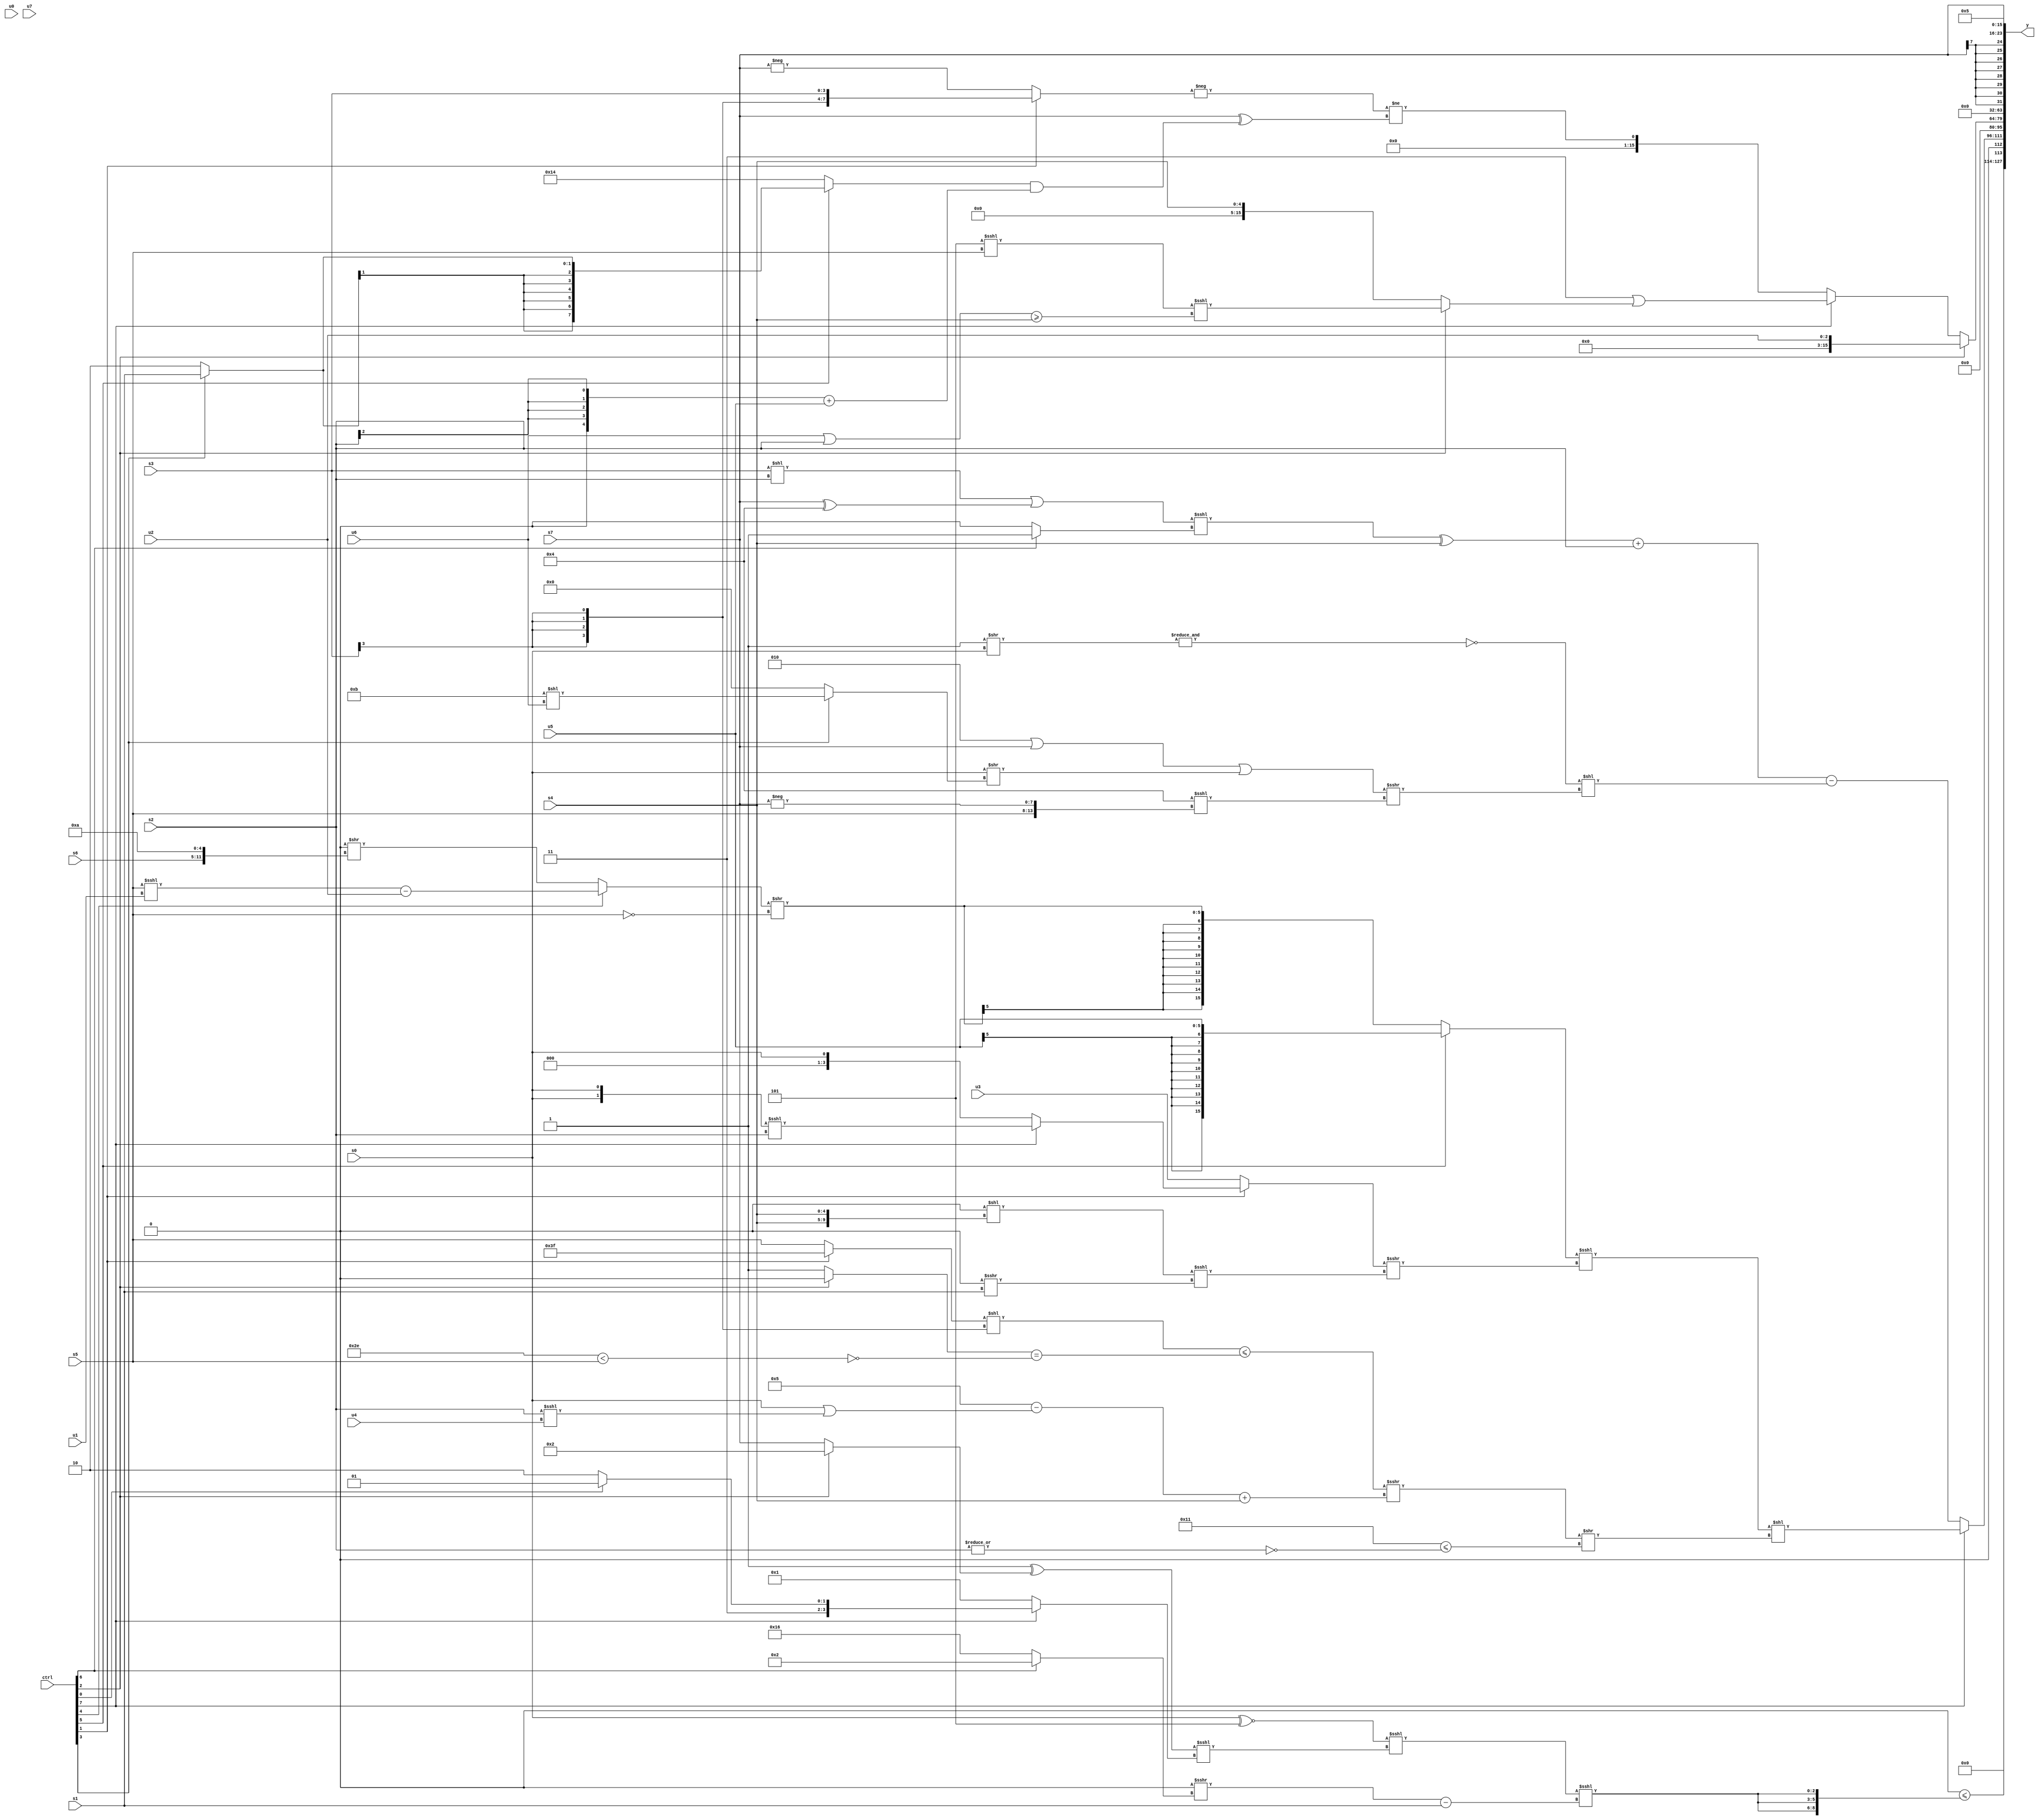
module wideexpr_00223(ctrl, u0, u1, u2, u3, u4, u5, u6, u7, s0, s1, s2, s3, s4, s5, s6, s7, y);
  input [7:0] ctrl;
  input [0:0] u0;
  input [1:0] u1;
  input [2:0] u2;
  input [3:0] u3;
  input [4:0] u4;
  input [5:0] u5;
  input [6:0] u6;
  input [7:0] u7;
  input signed [0:0] s0;
  input signed [1:0] s1;
  input signed [2:0] s2;
  input signed [3:0] s3;
  input signed [4:0] s4;
  input signed [5:0] s5;
  input signed [6:0] s6;
  input signed [7:0] s7;
  output [127:0] y;
  wire [15:0] y0;
  wire [15:0] y1;
  wire [15:0] y2;
  wire [15:0] y3;
  wire [15:0] y4;
  wire [15:0] y5;
  wire [15:0] y6;
  wire [15:0] y7;
  assign y = {y0,y1,y2,y3,y4,y5,y6,y7};
  assign y0 = (((3'sb111)>(5'sb01001))<=({3{(((s0)^~(3'sb101))<<<($unsigned(((3'sb111)^((ctrl[2]?3'sb010:s7)))<<<((ctrl[7]?(ctrl[0]?4'sb1101:2'sb10):(2'sb10)^(2'sb11))))))<<<(($signed((1'sb0)>>>($signed((ctrl[6]?3'sb010:5'sb10110)))))-(s1))}}))<<({1'sb1});
  assign y1 = (ctrl[7]?(((ctrl[5]?$signed(u5):$signed(((ctrl[4]?((s5)<<<(u1))-($signed(u2)):((3'sb001)&(1'sb0))>>({s6,5'sb01010})))>>(!($signed(s5))))))<<<(((ctrl[1]?(ctrl[7]?+(({s0,s0})<<<(s2)):s0):+(u3)))>>>(-(+((((5'sb00001)==(2'b00))<<({s4,s4}))<<<($signed((1'sb0)>>>(s1))))))))<<(((+(({1{((ctrl[1]?1'sb1:s5))<<((s3)>>>(5'sb10100))}})<=(((ctrl[2]?(u7)<<<(6'b001111):2'b01))==(~|((6'sb101110)<(s5))))))>>>(((+(4'sb0101))-(($signed(-(s0)))|(+((s2)<<<(u4)))))+($signed(s4))))>>((6'sb010001)<=(~|(+(s2))))):+((((((+((s3)<<(s2)))|($signed((s7)^(4'sb0100))))<<<((ctrl[6]?(ctrl[0]?(2'sb00)!=(2'sb01):1'b1):!($signed(4'b1000)))))^(s4))+(s2))-(($signed(~&((4'b0001)>>(s0))))<<((((-((2'sb10)<<(1'sb0)))|(+($signed(s7))))|((s0)>>((ctrl[3]?(5'sb11011)<<(u6):1'sb0))))>>>((5'sb00100)<<<({s5,+(-(s7))}))))));
  assign y2 = 1'b0;
  assign y3 = (ctrl[2]?u2:(ctrl[7]?(3'b011)|((ctrl[2]?((3'b101)<<<(s5))<<<(((u6)|(s2))>=($signed(s4))):s4)):(-((ctrl[1]?+(s3):-($signed(s7)))))!=((s7)^(((ctrl[5]?(ctrl[3]?s1:2'sb10):6'sb010100))&(((s2)>>(4'sb0100))+($signed(u5)))))));
  assign y4 = -({3{4'sb0000}});
  assign y5 = 1'b0;
  assign y6 = s7;
  assign y7 = {1'sb1,2'sb01};
endmodule